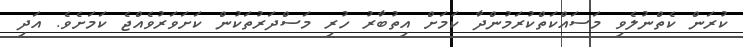
ކުރަން ކެތްނުލެވި މަސައްކަތްކުރަމުންދާ ކަމަށް އިތުބާރު ހުރި މަސްދަރުތަކުން ކަށަވަރުވެއްޖެ ކަމަށެވެ. އަދި